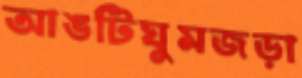
আঙটিঘুমজড়া